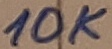
Text: 10K